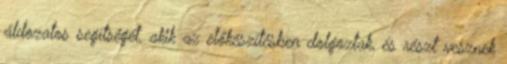
áldozatos segítségét, akik az előkészítésben dolgoztak, és részt vesznek